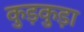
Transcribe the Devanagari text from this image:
कुड़कुड़ा